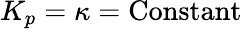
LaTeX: K_{p}=\kappa=\mathrm{Constant}